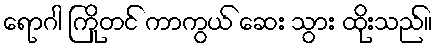
ရောဂါ ကြိုတင် ကာကွယ် ဆေး သွား ထိုးသည်။